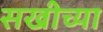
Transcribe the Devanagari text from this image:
सखीच्या